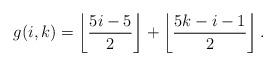
LaTeX: \begin{align*}g(i,k)=\left\lfloor\dfrac{5i-5}{2}\right\rfloor+\left\lfloor\dfrac{5k-i-1}{2}\right\rfloor.\end{align*}